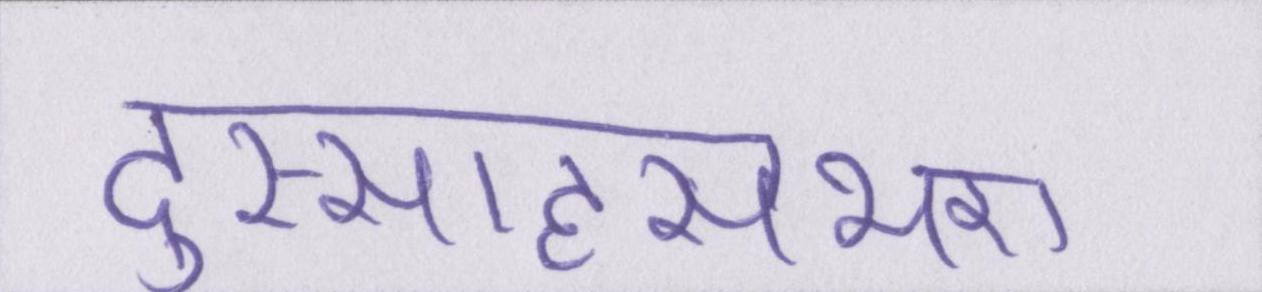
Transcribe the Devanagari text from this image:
दुस्साहसभरा